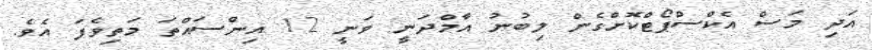
އަދި މަސް އެކްސްޕޯޓްކޮށްގެން ލިބުނު އާމްދަނީ ވަނީ 12 އިންސައްތަ މަތިވެފަ އެވެ.